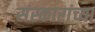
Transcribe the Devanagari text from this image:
संस्कारांच्या